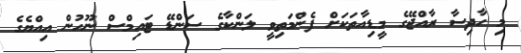
މި ހާދިސާ ރާއްޖޭގެ މީޑިއާތަކަށް ފެންމަތިވީ ލަންކާގެ ސަންޑޭ ޓައިމްސް ނޫހުން އިއްޔެގެ